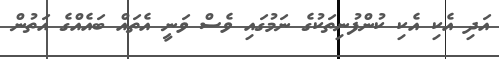
އަދި އެކި އެކި ކުންފުނިތަކުގެ ނަމުގައި ވެސް ވަނީ އެތައް ބައެއްގެ އަތުން